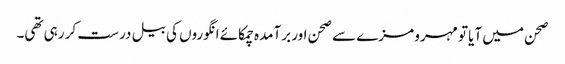
صحن میں آیا تو مہرو مزے سے صحن اور برآمدہ چمکائے انگوروں کی بیل درست کر رہی تھی۔